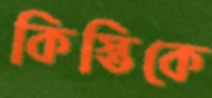
কিস্তিকে